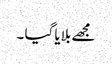
مجھے بلایا گیا ۔